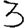
Digit: 3